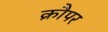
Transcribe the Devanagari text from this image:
क्रौपर